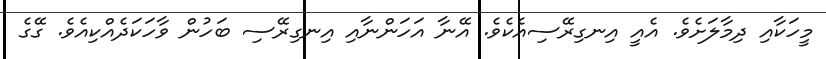
މީހަކާއި ދިމާލަށެވެ. އެއީ އިނގިރޭސިއެކެވެ. އޭނާ އަހަންނާއި އިނގިރޭސި ބަހުން ވާހަކަދެއްކިއެވެ. ގޭގެ